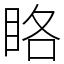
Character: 䀩